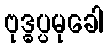
ဗုဒ္ဓပ္ပမုခေါ